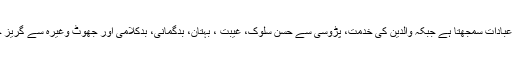
چنانچہ ایک عام مولوی صاحب عبادات میں نماز ، روزہ، حج اور زکوٰۃ ، تہجد اور دیگر نفل نمازوں کو ہی عبادات سمجھتا ہے جبکہ والدین کی خدمت، پڑوسی سے حسن سلوک، غیبت ، بہتان، بدگمانی، بدکلامی اور جھوٹ وغیرہ سے گریز جیسی اخلاقی تعلیمات کو مستحب کے درجے میں رکھتا اور انہیں فرض عین سمجھنے سے گریز کرتا ہے ۔